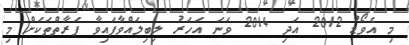
މި އެވޯޑު 2012 އަދި 2014 ވަނަ އަހަރު ލިބިލައްވާފައިވާ ފަރާތްތަކަށް މި